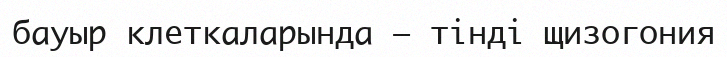
бауыр клеткаларында – тінді щизогония